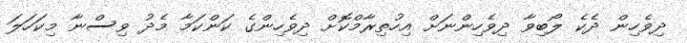
ދިވެހިން ދެެކެ ލޯބިވާ ދިވެހިންނަށް އިހުތިރާމްކޮށް ދިވެހިންގެ ކަންކަމާ މެދު ވިސްނާ މިކަހަލަ